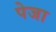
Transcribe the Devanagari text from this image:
पेजा